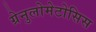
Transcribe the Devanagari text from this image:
ग्रेनुलोमेटोसिस